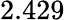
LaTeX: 2.429